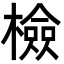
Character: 檢